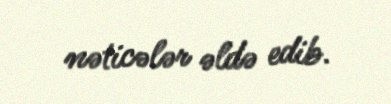
nəticələr əldə edib.